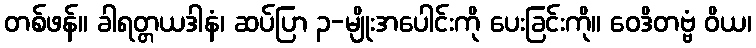
တစ်ဖန်။ ခါရတ္တယဒါနံ၊ ဆပ်ပြာ ၃-မျိုးအပေါင်းကို ပေးခြင်းကို။ ဝေဒိတဗ္ဗံ ဝိယ၊